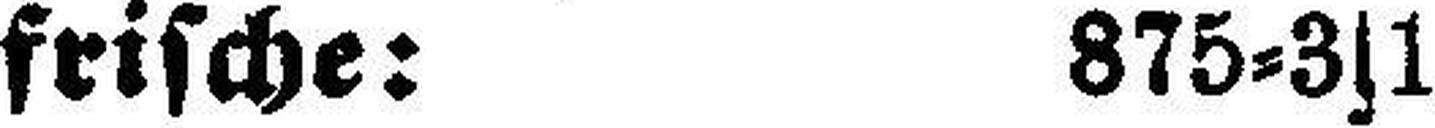
frische: 875=3s1